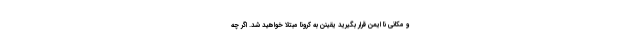
و مکانی نا ایمن قرار بگیرید یقینن به کرونا مبتلا خواهید شد. اگر چه